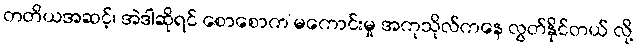
တတိယအဆင့်၊ အဲဒါဆိုရင် စောစောက မကောင်းမှု အကုသိုလ်ကနေ လွတ်နိုင်တယ် လို့